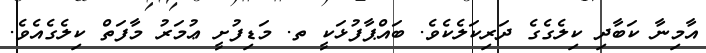
އާމިނާ ކަބާދި ކިލެގެގެ ދަރިކަލެކެވެ. ބައްޕާފުޅަކީ ތ. މަޑިފުށީ ޢުމަރު މާފަތް ކިލެގެއެވެ.